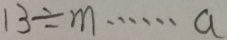
1 3 \div m \cdots a